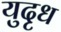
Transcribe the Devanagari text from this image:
युदृध